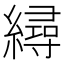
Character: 𦅀